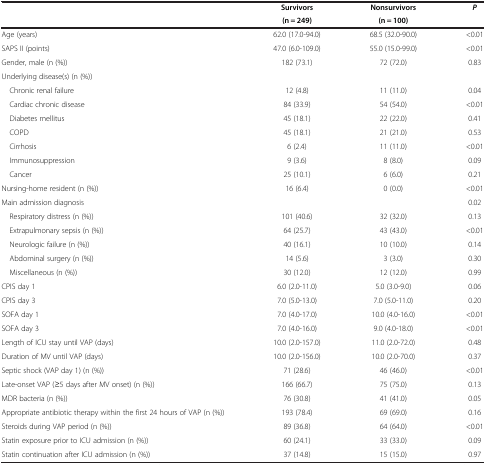
<table><thead><tr><td rowspan="2"><b> </b></td><td><b>Survivors</b></td><td><b>Nonsurvivors</b></td><td rowspan="2"><b><i>P</i></b></td></tr><tr><td><b>(n = 249)</b></td><td><b>(n = 100)</b></td></tr></thead><tbody><tr><td>Age (years)</td><td>62.0 (17.0-94.0)</td><td>68.5 (32.0-90.0)</td><td>&lt;0.01</td></tr><tr><td>SAPS II (points)</td><td>47.0 (6.0-109.0)</td><td>55.0 (15.0-99.0)</td><td>&lt;0.01</td></tr><tr><td>Gender, male (n (%))</td><td>182 (73.1)</td><td>72 (72.0)</td><td>0.83</td></tr><tr><td>Underlying disease(s) (n (%))</td><td> </td><td> </td><td> </td></tr><tr><td> Chronic renal failure</td><td>12 (4.8)</td><td>11 (11.0)</td><td>0.04</td></tr><tr><td> Cardiac chronic disease</td><td>84 (33.9)</td><td>54 (54.0)</td><td>&lt;0.01</td></tr><tr><td> Diabetes mellitus</td><td>45 (18.1)</td><td>22 (22.0)</td><td>0.41</td></tr><tr><td> COPD</td><td>45 (18.1)</td><td>21 (21.0)</td><td>0.53</td></tr><tr><td> Cirrhosis</td><td>6 (2.4)</td><td>11 (11.0)</td><td>&lt;0.01</td></tr><tr><td> Immunosuppression</td><td>9 (3.6)</td><td>8 (8.0)</td><td>0.09</td></tr><tr><td> Cancer</td><td>25 (10.1)</td><td>6 (6.0)</td><td>0.21</td></tr><tr><td>Nursing-home resident (n (%))</td><td>16 (6.4)</td><td>0 (0.0)</td><td>&lt;0.01</td></tr><tr><td>Main admission diagnosis</td><td> </td><td> </td><td>0.02</td></tr><tr><td> Respiratory distress (n (%))</td><td>101 (40.6)</td><td>32 (32.0)</td><td>0.13</td></tr><tr><td> Extrapulmonary sepsis (n (%))</td><td>64 (25.7)</td><td>43 (43.0)</td><td>&lt;0.01</td></tr><tr><td> Neurologic failure (n (%))</td><td>40 (16.1)</td><td>10 (10.0)</td><td>0.14</td></tr><tr><td> Abdominal surgery (n (%))</td><td>14 (5.6)</td><td>3 (3.0)</td><td>0.30</td></tr><tr><td> Miscellaneous (n (%))</td><td>30 (12.0)</td><td>12 (12.0)</td><td>0.99</td></tr><tr><td>CPIS day 1</td><td>6.0 (2.0-11.0)</td><td>5.0 (3.0-9.0)</td><td>0.06</td></tr><tr><td>CPIS day 3</td><td>7.0 (5.0-13.0)</td><td>7.0 (5.0-11.0)</td><td>0.20</td></tr><tr><td>SOFA day 1</td><td>7.0 (4.0-17.0)</td><td>10.0 (4.0-16.0)</td><td>&lt;0.01</td></tr><tr><td>SOFA day 3</td><td>7.0 (4.0-16.0)</td><td>9.0 (4.0-18.0)</td><td>&lt;0.01</td></tr><tr><td>Length of ICU stay until VAP (days)</td><td>10.0 (2.0-157.0)</td><td>11.0 (2.0-72.0)</td><td>0.48</td></tr><tr><td>Duration of MV until VAP (days)</td><td>10.0 (2.0-156.0)</td><td>10.0 (2.0-70.0)</td><td>0.37</td></tr><tr><td>Septic shock (VAP day 1) (n (%))</td><td>71 (28.6)</td><td>46 (46.0)</td><td>&lt;0.01</td></tr><tr><td>Late-onset VAP (≥5 days after MV onset) (n (%))</td><td>166 (66.7)</td><td>75 (75.0)</td><td>0.13</td></tr><tr><td>MDR bacteria (n (%))</td><td>76 (30.8)</td><td>41 (41.0)</td><td>0.05</td></tr><tr><td>Appropriate antibiotic therapy within the first 24 hours of VAP (n (%))</td><td>193 (78.4)</td><td>69 (69.0)</td><td>0.16</td></tr><tr><td>Steroids during VAP period (n (%))</td><td>89 (36.8)</td><td>64 (64.0)</td><td>&lt;0.01</td></tr><tr><td>Statin exposure prior to ICU admission (n (%))</td><td>60 (24.1)</td><td>33 (33.0)</td><td>0.09</td></tr><tr><td>Statin continuation after ICU admission (n (%))</td><td>37 (14.8)</td><td>15 (15.0)</td><td>0.97</td></tr></tbody></table>